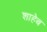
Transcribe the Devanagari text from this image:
शाहेब